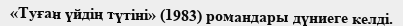
«Туған үйдің түтіні» (1983) романдары дүниеге келді.